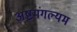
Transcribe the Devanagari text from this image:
अष्टमंगल्यम